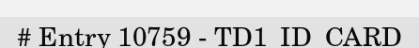
# Entry 10759 - TD1_ID_CARD